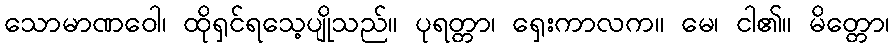
သောမာဏဝေါ၊ ထိုရှင်ရသေ့ပျိုသည်။ ပုရတ္တာ၊ ရှေးကာလက။ မေ၊ ငါ၏။ မိတ္တော၊